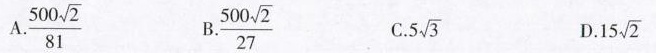
A.\frac{500 \sqrt{2}}{81} B.\frac{500\sqrt{2}}{27} C.5 \sqrt{3} \frac{500 \sqrt{2}}{27} . D.15 \sqrt{2}